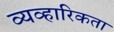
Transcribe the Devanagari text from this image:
व्यव्हारिकता